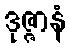
ဒုဇ္ဇာနံ